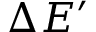
\Delta E ^ { \prime }